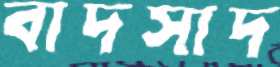
বাদসাদ